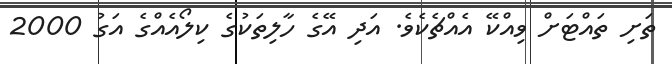
ތަށި ތައްޓަށް ވިއްކޭ އެއްޗެކެވެ. އަދި އޭގެ ހާލިތަކުގެ ކިލޯއެއްގެ އަގު 2000